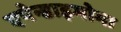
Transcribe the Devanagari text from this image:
एपेन्डाइमोमा